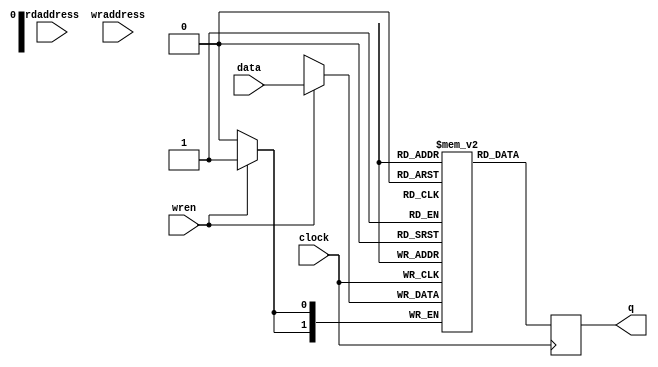
module rw_manager_ac_ROM_reg(
        rdaddress,
        clock,
        wraddress,
        data,
        wren,
        q);

parameter AC_ROM_DATA_WIDTH = "";
parameter AC_ROM_ADDRESS_WIDTH = ""; 


input   [(AC_ROM_ADDRESS_WIDTH-1):0]  rdaddress;
input     clock;
input [(AC_ROM_ADDRESS_WIDTH-1):0] wraddress;
input [(AC_ROM_DATA_WIDTH-1):0] data;
input wren;
output reg [(AC_ROM_DATA_WIDTH-1):0]  q;

reg [(AC_ROM_DATA_WIDTH-1):0] ac_mem[(2**AC_ROM_ADDRESS_WIDTH-1):0];

always @(posedge clock)

begin
  if(wren)
  ac_mem[wraddress] <= data;
  q <= ac_mem[rdaddress];

end



endmodule